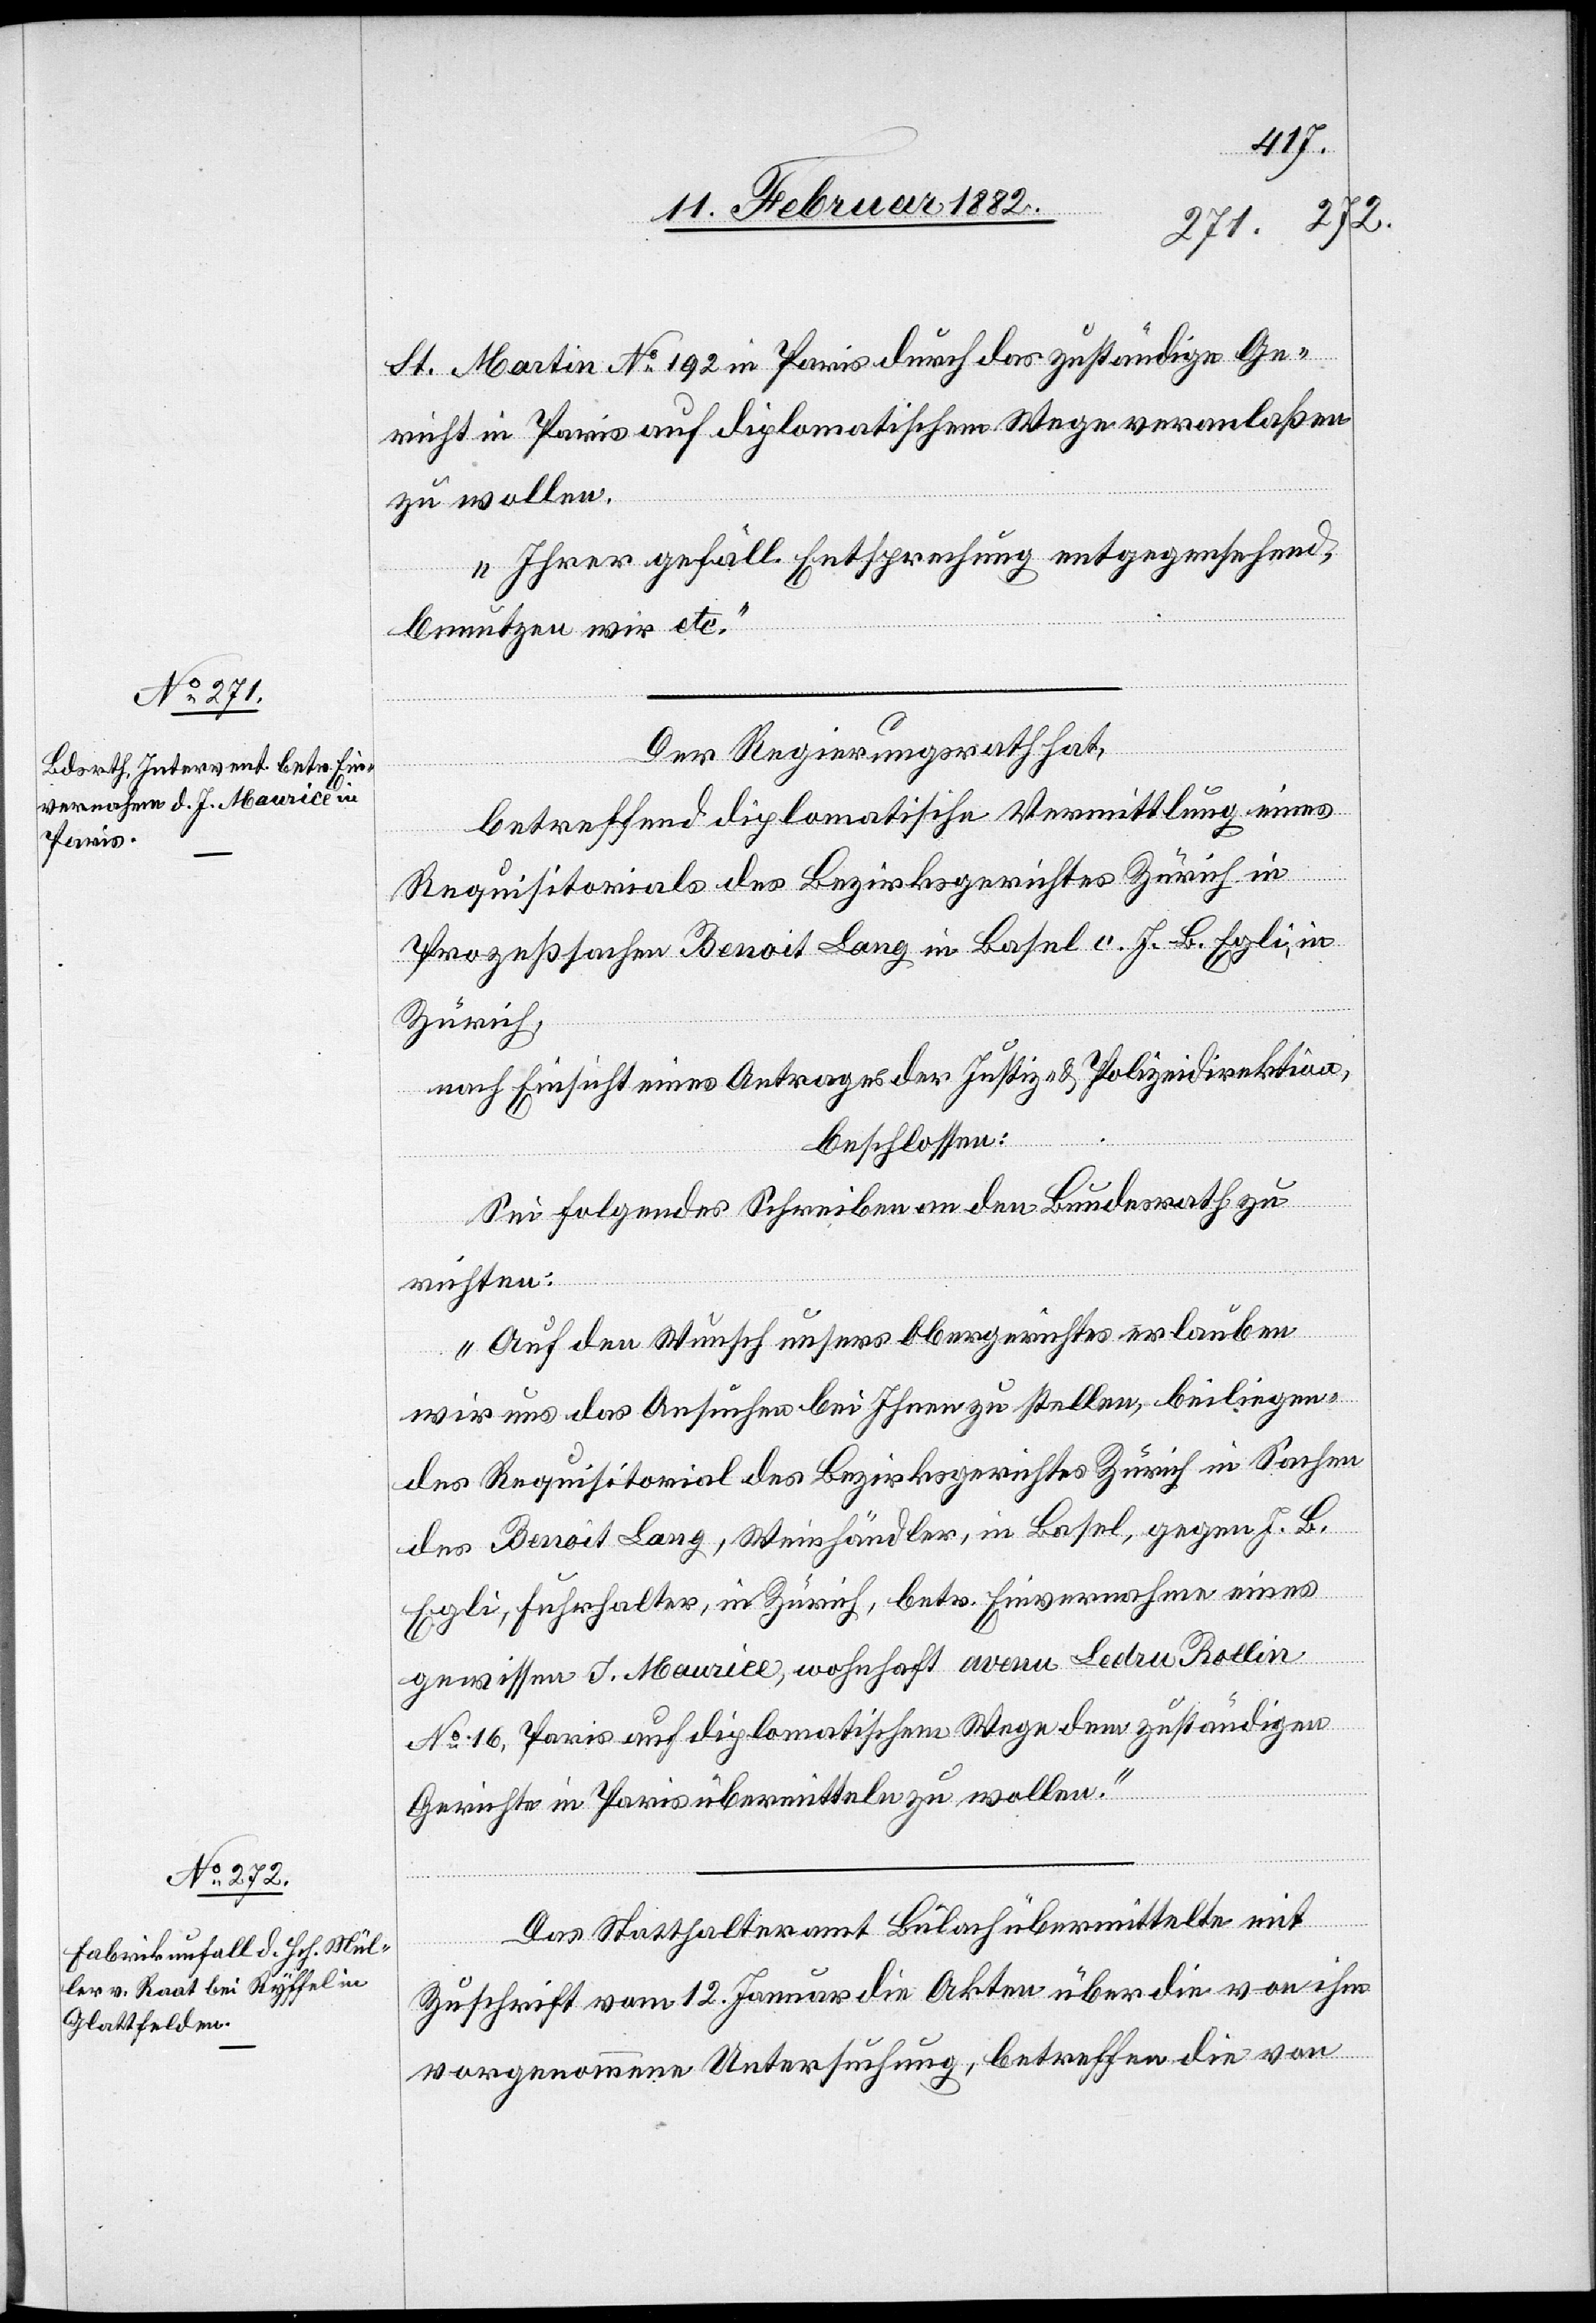
13. Februar 1882]
St. Martin No 192 in Paris durch das zuständige Ge¬
richt in Paris auf diplomatischem Wege veranlaßen
zu wollen.
Ihrer gefäll. Entsprechung entgegensehend,
benutzen wir etc.“
Der Regierungsrath hat,
betreffend diplomatische Vermittlung eines
Requisitorials des Bezirksgerichtes Zürich in
Prozeßsachen Benoit Lang in Basel c. J. B. Egli, in
Zürich,
nach Einsicht eines Antrages der Justiz- & Polizeidirektion,
beschlossen:
Sei folgendes Schreiben an den Bundesrath zu
richten:
„Auf den Wunsch unseres Obergerichtes erlauben
wir uns das Ansuchen bei Ihnen zu stellen, beilegen¬
des Requisitorial des Bezirksgerichtes Zürich in Sachen
des Benoit Lang, Weinhändler, in Basel, gegen J. B.
Egli, Fuhrhalter, in Zürich, betr. Einvernahmen eines
gewissen J. Maurice, wohnhaft avenue Lechu Bollin
No 16, Paris auf diplomatischem Wege den zuständigen
Gerichte in Paris übermitteln zu wollen.“
Das Statthalteramt Bülach übermittelte mit
Zuschrift vom 12. Januar die Akten über die von ihm
vorgenommenen Untersuchung, betreffend die von